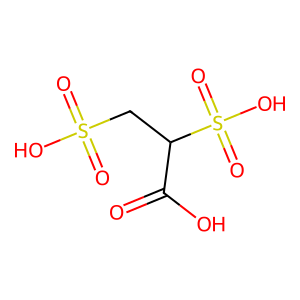
SMILES: O=C(O)C(CS(=O)(=O)O)S(=O)(=O)O
Inhibits HIV replication: No